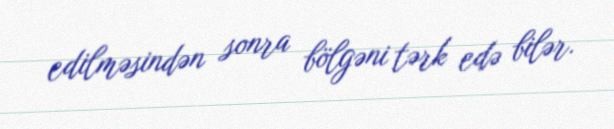
edilməsindən sonra bölgəni tərk edə bilər.